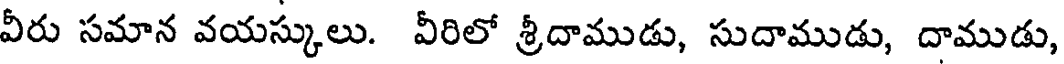
వీరు సమాన వయస్కులు. వీరిలో శ్రీదాముడు, సుదాముడు, దాముడు,